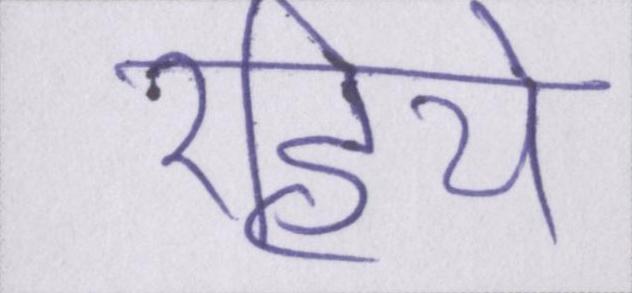
रहिये